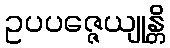
ဥပပဇ္ဇေယျုန္တိ